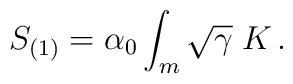
S_{(1)} = \alpha_0 \int_m \sqrt{\gamma} \;  K\,.